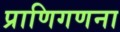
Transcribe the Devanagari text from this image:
प्राणिगणना